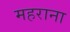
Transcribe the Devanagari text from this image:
महराना